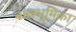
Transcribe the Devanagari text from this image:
बालभूमिका